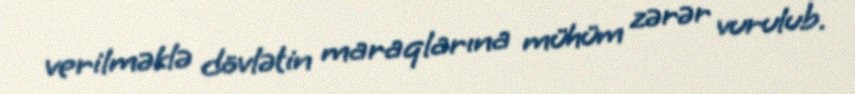
verilməklə dövlətin maraqlarına mühüm zərər vurulub.